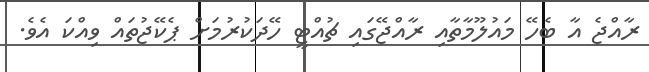
ރާއްޖެ އާ ބެހޭ މައުލޫމާތާއި ރާއްޖޭގައި ޗުއްޓީ ހޭދަކުރުމަށް ޕެކޭޖުތައް ވިއްކަ އެވެ.